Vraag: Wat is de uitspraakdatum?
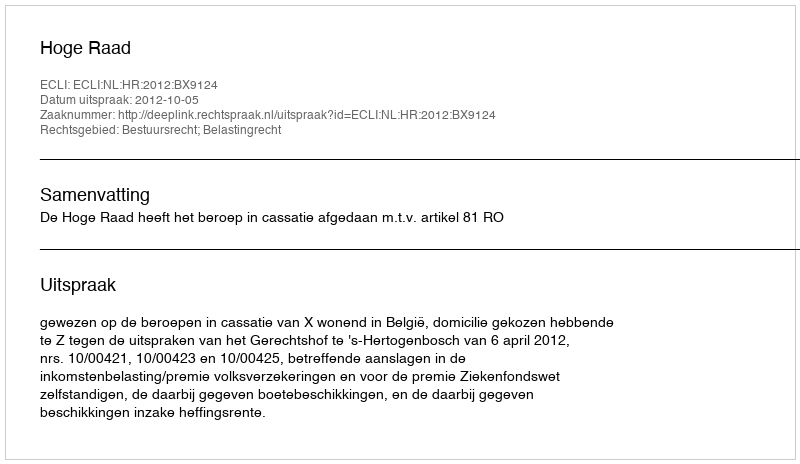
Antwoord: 2012-10-05